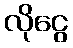
လိုငွေ